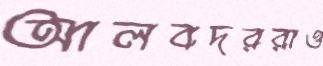
আলবদররাও